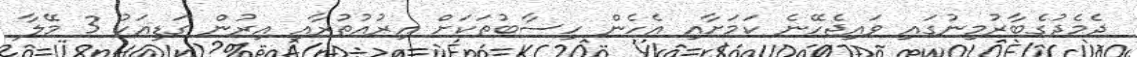
ދެމެދުގެބާރުމިނުގައި ވައިޖެހޭނެ ކަަމަށާއި އެހެން ހިސާބުތަކަށް އިރުއުތުރާއި އިރުން ގަޑިއަކު 3 މޭލާ